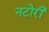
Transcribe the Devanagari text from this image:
नटोरी